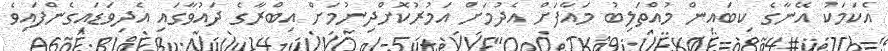
އެކަމަކު އޭނާގެ ކިބައިން މުއްތަލިބު މައާފަށް އެދުމަށް އަމުރުކޮށްދިނުމަށް އިބްރާގެ ދައުވާގައި އެދިވަޑައިގެންފައިވެ